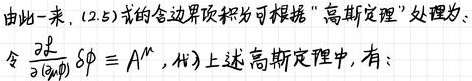
由此一来, (2.5)式的含边界项积分可根据“高斯定理”处理为：令$\frac{\partial}{\partial (x^ \mu)}\delta \phi\equiv A^{\mu}$，代入上述高斯定理中, 有：